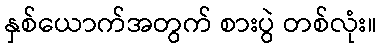
နှစ်ယောက်အတွက် စားပွဲ တစ်လုံး။